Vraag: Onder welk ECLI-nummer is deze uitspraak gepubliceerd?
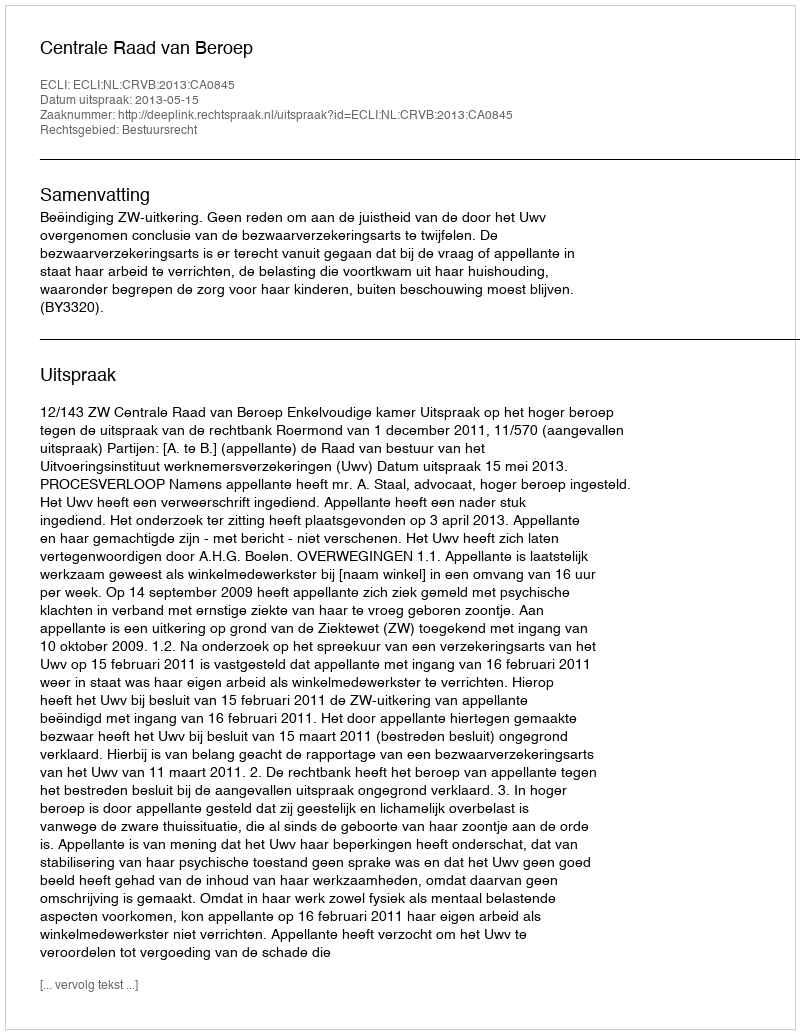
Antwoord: ECLI:NL:CRVB:2013:CA0845